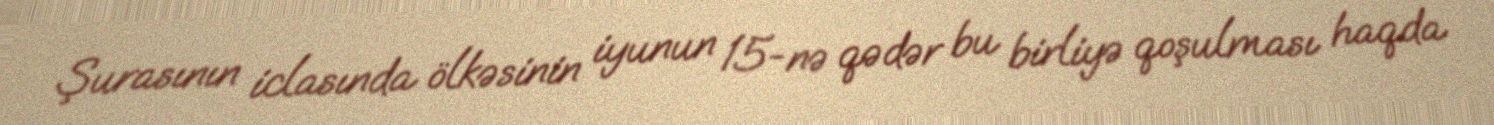
Şurasının iclasında ölkəsinin iyunun 15-nə qədər bu birliyə qoşulması haqda